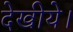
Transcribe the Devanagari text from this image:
देखीये।